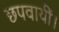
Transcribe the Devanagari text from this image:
छपवायीं।